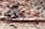
طاهية